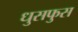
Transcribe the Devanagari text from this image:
धुसफुस